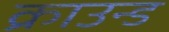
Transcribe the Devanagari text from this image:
क्राउन्ड